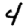
Digit: 4